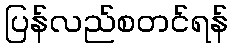
ပြန်လည်စတင်ရန်